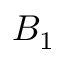
B _ { 1 }